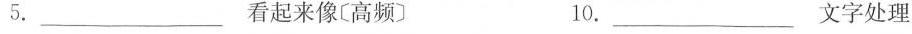
5.___看起来像〔高频〕 10.___文字处理